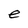
Character: e